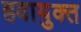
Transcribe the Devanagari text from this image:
हवायुक्त